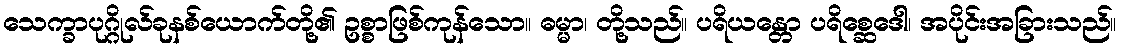
သေက္ခာပုဂ္ဂိုလ်ခုနစ်ယောက်တို့၏ ဥစ္စာဖြစ်ကုန်သော။ ဓမ္မာ၊ တို့သည်။ ပရိယန္တော ပရိစ္ဆေဒေါ၊ အပိုင်းအခြားသည်။